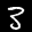
Label: 3